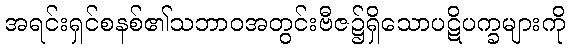
အရင်းရှင်စနစ်၏သဘာဝအတွင်းဗီဇ၌ရှိသောပဋိပက္ခများကို